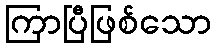
ကြာပြီဖြစ်သော